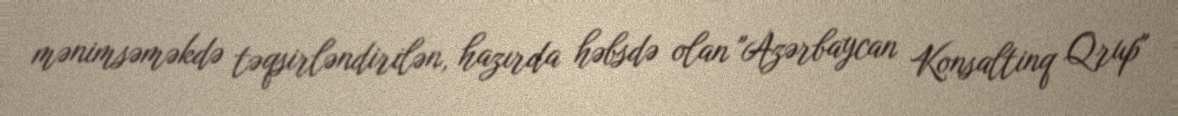
mənimsəməkdə təqsirləndirilən, hazırda həbsdə olan "Azərbaycan Konsaltinq Qrup"